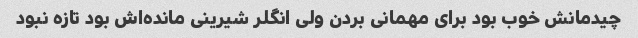
چیدمانش خوب بود برای مهمانی بردن ولی انگلر شیرینی مانده‌اش بود تازه نبود